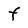
Character: f